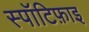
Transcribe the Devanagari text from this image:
स्पॉटिफ़ाइ